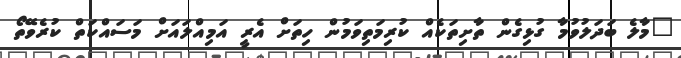
"މާލެ ބަދަލުވުމާ ގުޅިގެން ތާށިތަކެއް ކުރިމަތިވަމުން ހިތަށް އެރީ އަމިއްލައަށް މަސައްކަތް ކުރެވޭތޯ